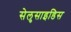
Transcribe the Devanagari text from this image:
सेलुसाइडिस